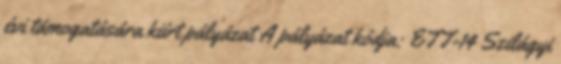
évi támogatására kiírt pályázat A pályázat kódja: ETT-14 Szilágyi